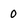
Character: 0